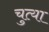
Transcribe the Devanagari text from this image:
चुत्या